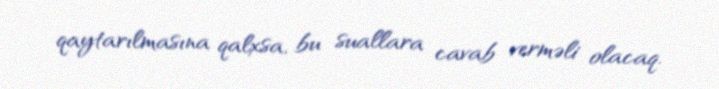
qaytarılmasına qalxsa, bu suallara cavab verməli olacaq.